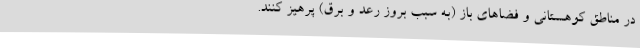
در مناطق کوهستانی و فضاهای باز (به سبب بروز رعد و برق) پرهیز کنند.